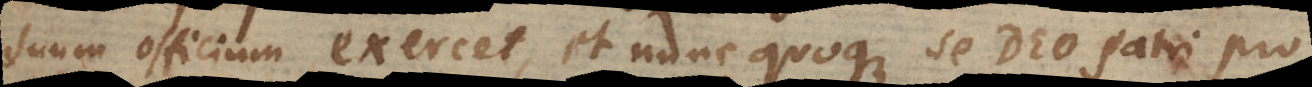
suum officium exercet, et nunc quoque se Deo Patri pro